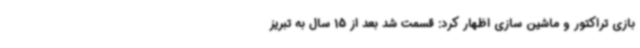
بازی تراکتور و ماشین سازی اظهار کرد: قسمت شد بعد از 15 سال به تبریز